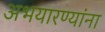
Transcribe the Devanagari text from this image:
अभयारण्यांना